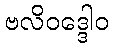
ဗလိဝဒ္ဒေါဝ